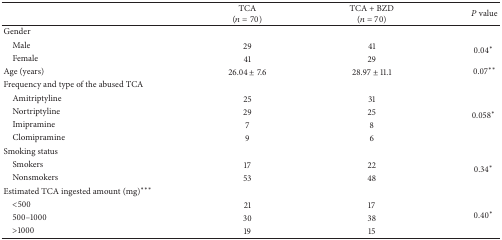
<table><thead><tr><td><b> </b></td><td><b>TCA (<i>n</i> = 70)</b></td><td><b>TCA + BZD (<i>n</i> = 70)</b></td><td><b><i>P</i> value</b></td></tr></thead><tbody><tr><td>Gender</td><td> </td><td> </td><td> </td></tr><tr><td> Male</td><td>29</td><td>41</td><td rowspan="2">0.04<sup>*</sup></td></tr><tr><td> Female</td><td>41</td><td>29</td></tr><tr><td>Age (years)</td><td>26.04 ± 7.6</td><td>28.97 ± 11.1</td><td>0.07<sup>**</sup></td></tr><tr><td>Frequency and type of the abused TCA</td><td> </td><td> </td><td> </td></tr><tr><td> Amitriptyline</td><td>25</td><td>31</td><td rowspan="4">0.058<sup>*</sup></td></tr><tr><td> Nortriptyline</td><td>29</td><td>25</td></tr><tr><td> Imipramine</td><td>7</td><td>8</td></tr><tr><td> Clomipramine</td><td>9</td><td>6</td></tr><tr><td>Smoking status</td><td> </td><td> </td><td> </td></tr><tr><td> Smokers</td><td>17</td><td>22</td><td rowspan="2">0.34<sup>*</sup></td></tr><tr><td> Nonsmokers</td><td>53</td><td>48</td></tr><tr><td>Estimated TCA ingested amount (mg)<sup>***</sup></td><td> </td><td> </td><td> </td></tr><tr><td> &lt;500 </td><td>21</td><td>17</td><td rowspan="3">0.40<sup>*</sup></td></tr><tr><td> 500–1000</td><td>30</td><td>38</td></tr><tr><td> &gt;1000</td><td>19</td><td>15</td></tr></tbody></table>